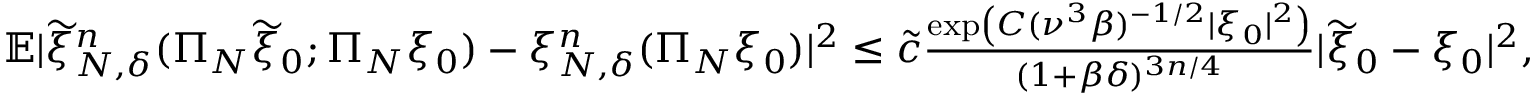
\begin{array} { r } { \mathbb { E } | \widetilde \xi _ { N , \delta } ^ { n } ( \Pi _ { N } \widetilde { \xi } _ { 0 } ; \Pi _ { N } \xi _ { 0 } ) - \xi _ { N , \delta } ^ { n } ( \Pi _ { N } \xi _ { 0 } ) | ^ { 2 } \leq \tilde { c } \frac { \exp \left( C ( \nu ^ { 3 } \beta ) ^ { - 1 / 2 } | \xi _ { 0 } | ^ { 2 } \right) } { ( 1 + \beta \delta ) ^ { 3 n / 4 } } | \widetilde { \xi } _ { 0 } - \xi _ { 0 } | ^ { 2 } , } \end{array}